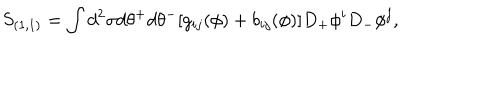
S _ { ( 1 , 1 ) } = \int d ^ { 2 } \sigma d \theta ^ { + } d \theta ^ { - } [ g _ { i j } ( \phi ) + b _ { i j } ( \phi ) ] D _ { + } \phi ^ { i } D _ { - } \phi ^ { j } ,